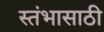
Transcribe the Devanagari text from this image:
स्तंभासाठी